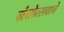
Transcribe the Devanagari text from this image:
ग्रंथोत्सवाचे